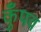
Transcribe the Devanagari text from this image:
कुँपव